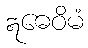
ဣဓေဝိမံ